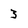
Character: 3